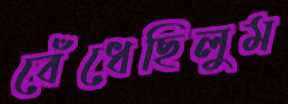
বেঁধেছিলুম